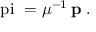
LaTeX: \mathrm { \boldmath ~ \ p i ~ } = \mu ^ { - 1 } \, { \bf p } \; .